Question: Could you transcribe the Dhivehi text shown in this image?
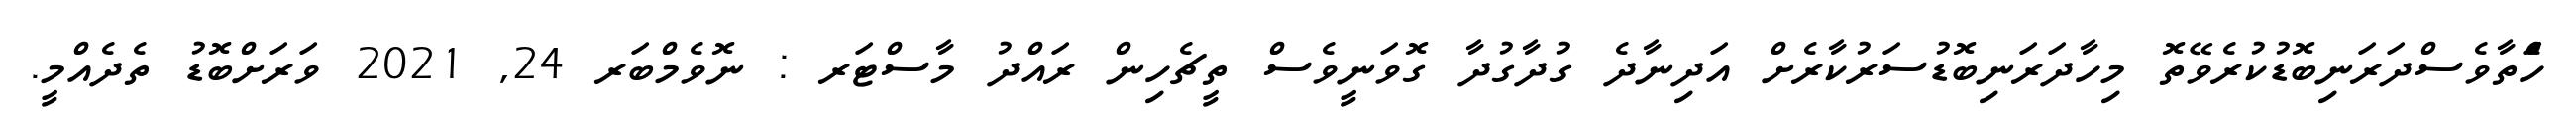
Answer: ހަެްތާވެސްދަރަނިބޮޑުކުރެވޭތޮ މިހާދަރަނިބޮޑުސަރުކާރެށް އަދިނާދެ ގުދާގުދާ ގޮވަނީވެސް ތީޗެހިން ރައްދު މާސްޓަރ : ނޮވެމްބަރ 24, 2021 ވަރަށްބޮޑު ތެދެއްމީ.